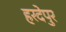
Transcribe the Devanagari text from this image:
हरदेपुर